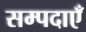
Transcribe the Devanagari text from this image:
सम्पदाएँ